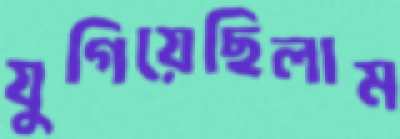
যুগিয়েছিলাম